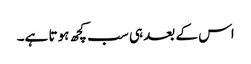
اس کے بعد ہی سب کچھ ہوتا ہے۔